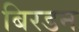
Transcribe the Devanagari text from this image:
बिरडन